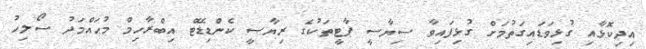
އިދިކޮޅާއި ގުޅިވަޑައިގަތުމަށް ގުޅިފައިވާ ސިޔާސީ ޕާޓީތަކުގެ ރިޔާސީ ކެންޑިޑޭޓް އިބްރާހިމް މުޙައްމަދު ސޯލިހު